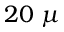
2 0 \ \mu